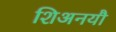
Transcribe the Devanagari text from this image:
शिअनयौ